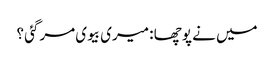
میں نے پوچھا : میری بیوی مرگئی ؟